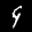
Label: 9